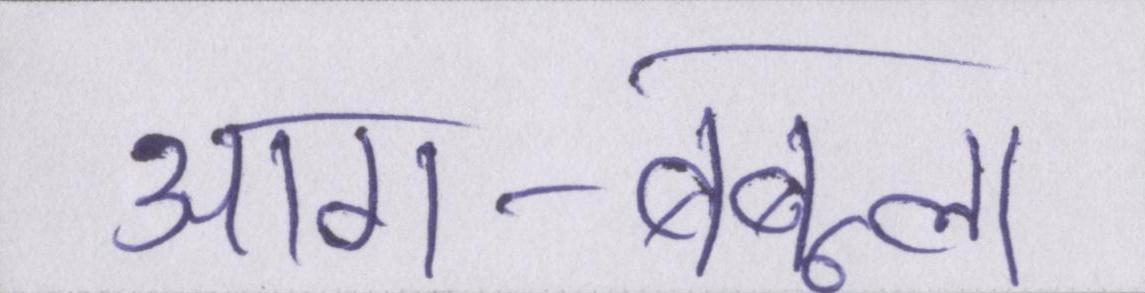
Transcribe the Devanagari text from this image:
आग-बबूला